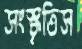
সংস্কৃতিস